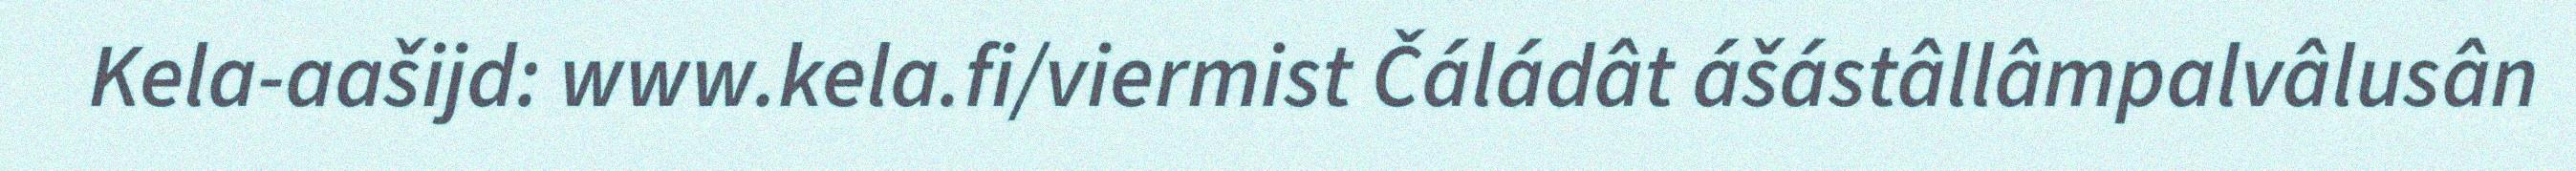
Kela-aašijd: www.kela.fi/viermist Čáládât ášástâllâmpalvâlusân